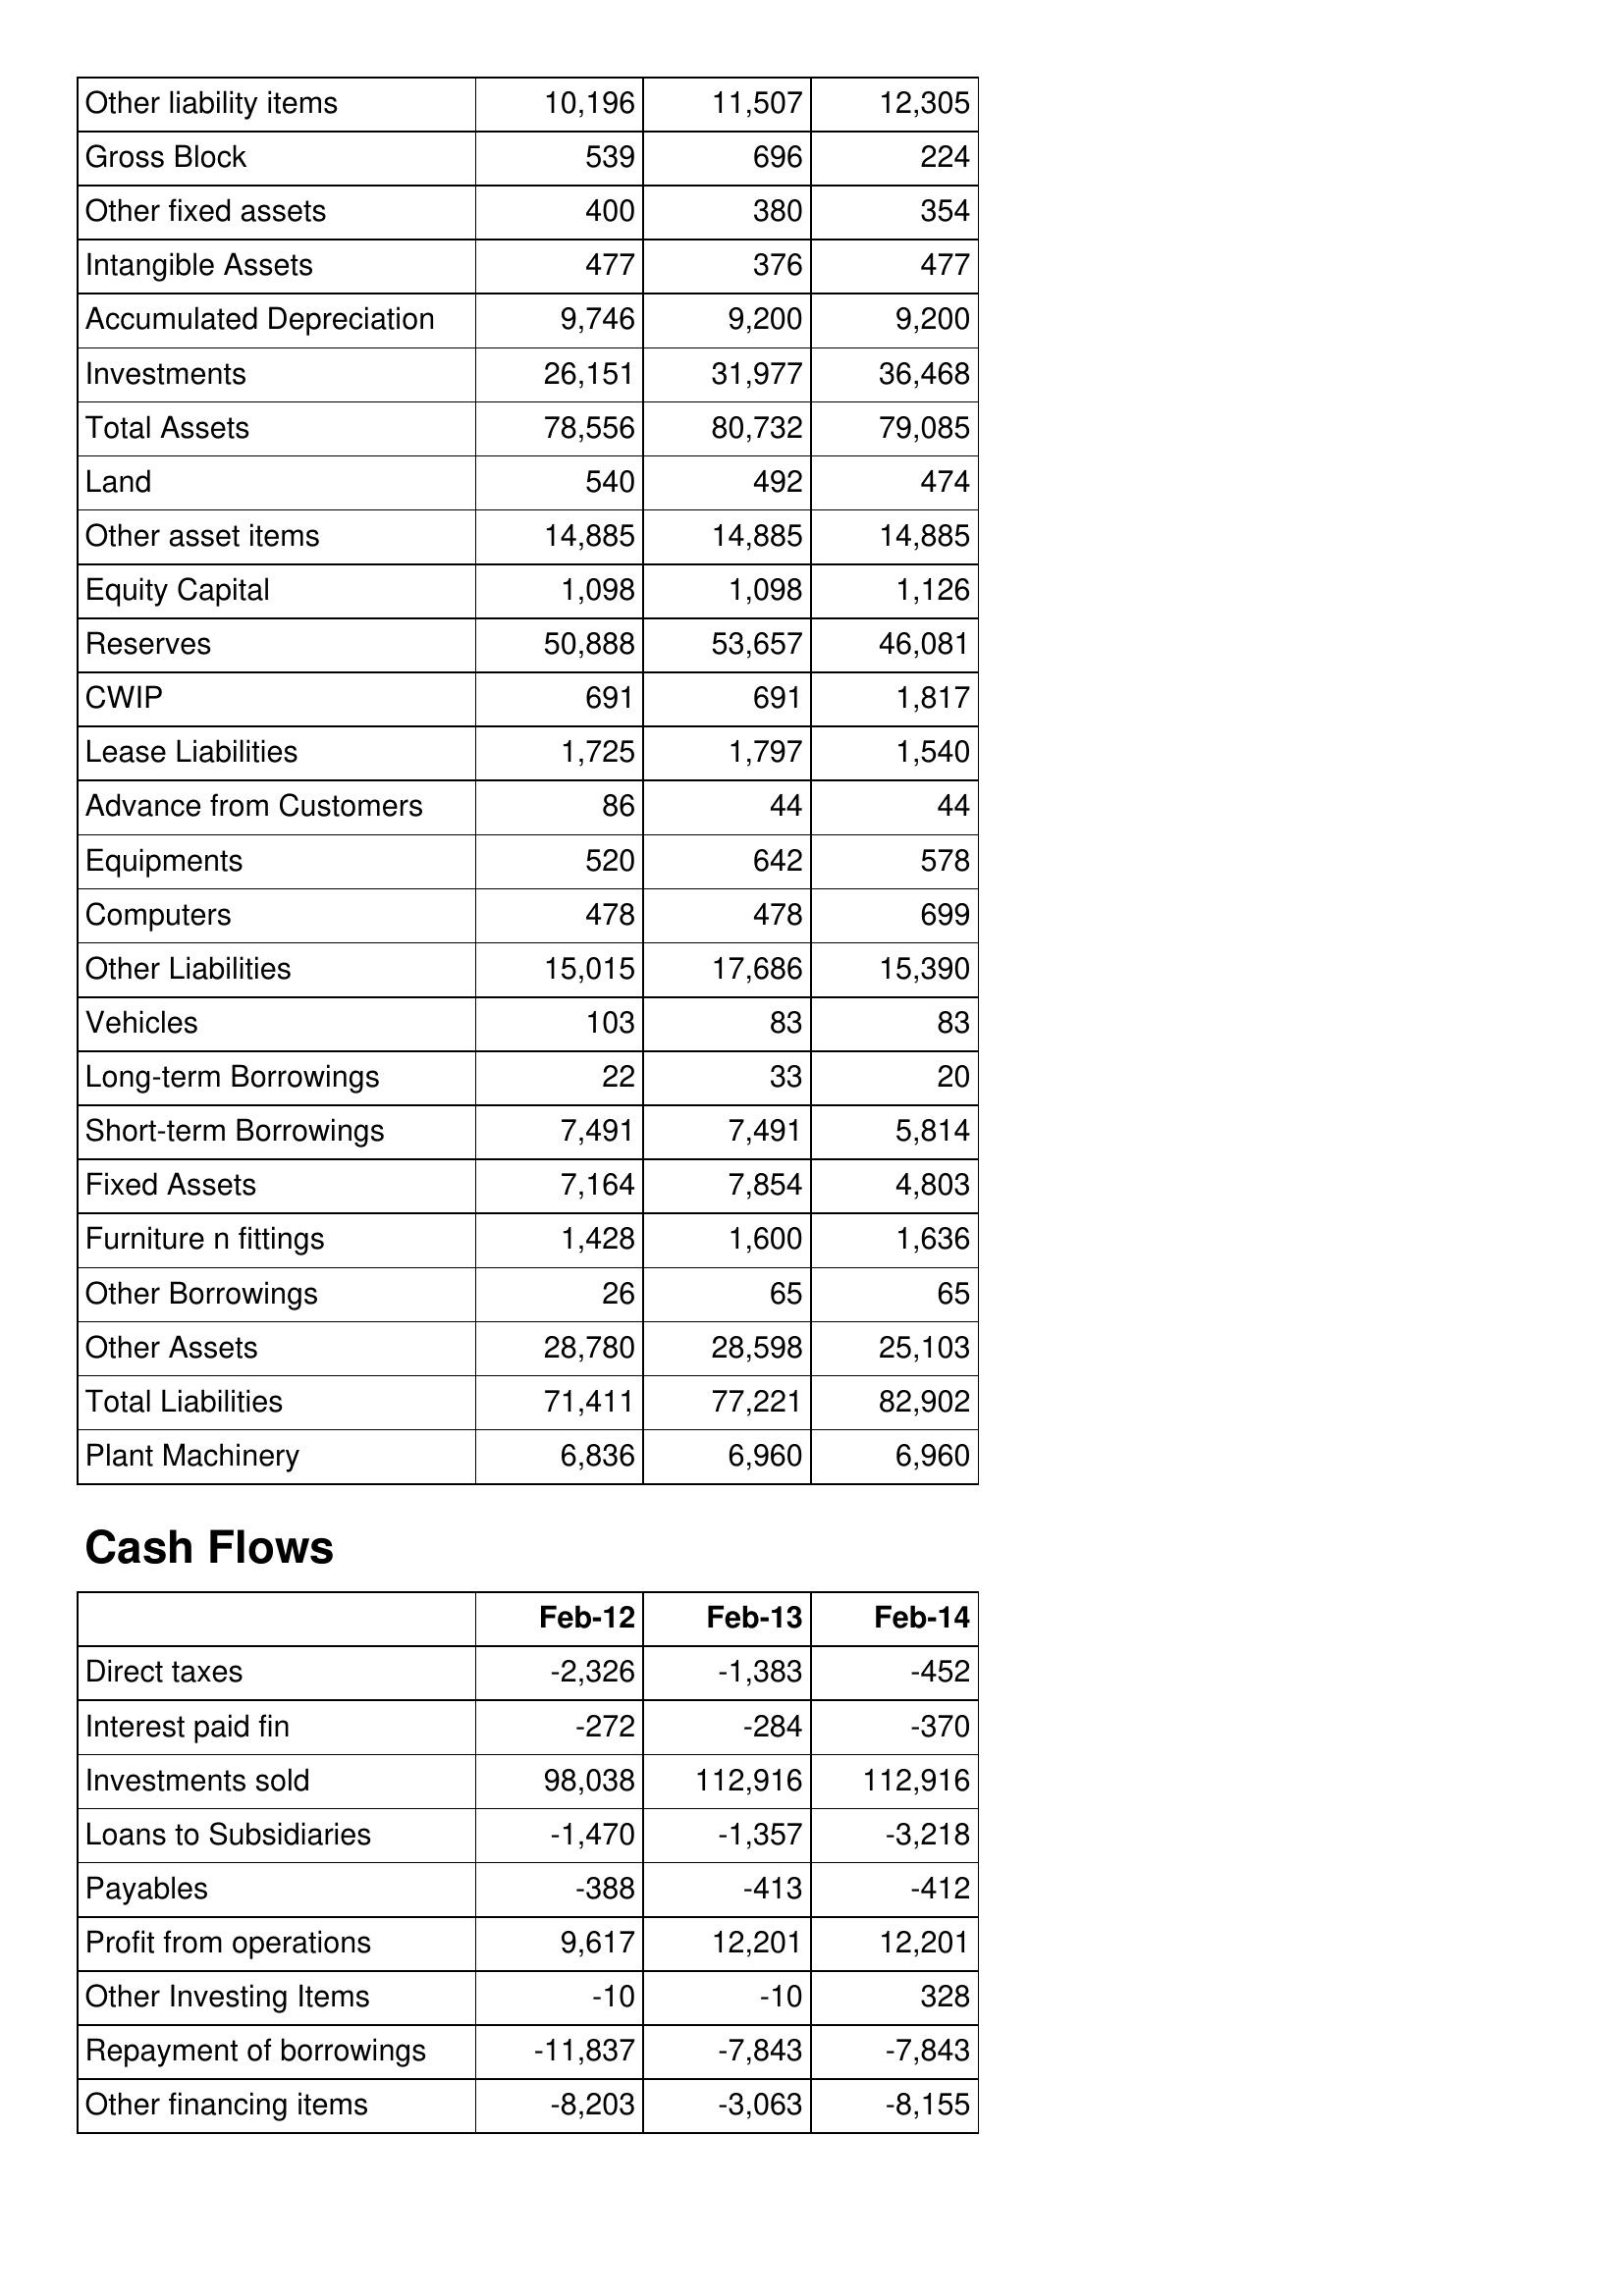
Feb-12: Balance Sheet: Other liability items: 10,196
Gross Block: 539
Other fixed assets: 400
Intangible Assets: 477
Accumulated Depreciation: 9,746
Investments: 26,151
Total Assets: 78,556
Land: 540
Other asset items: 14,885
Equity Capital: 1,098
Reserves: 50,888
CWIP: 691
Lease Liabilities: 1,725
Advance from Customers: 86
Equipments: 520
Computers: 478
Other Liabilities: 15,015
Vehicles: 103
Long-term Borrowings: 22
Short-term Borrowings: 7,491
Fixed Assets: 7,164
Furniture n fittings: 1,428
Other Borrowings: 26
Other Assets: 28,780
Total Liabilities: 71,411
Plant Machinery: 6,836
Cash Flows: Direct taxes: -2,326
Interest paid fin: -272
Investments sold: 98,038
Loans to Subsidiaries: -1,470
Payables: -388
Profit from operations: 9,617
Other Investing Items: -10
Repayment of borrowings: -11,837
Other financing items: -8,203
Feb-13: Balance Sheet: Other liability items: 11,507
Gross Block: 696
Other fixed assets: 380
Intangible Assets: 376
Accumulated Depreciation: 9,200
Investments: 31,977
Total Assets: 80,732
Land: 492
Other asset items: 14,885
Equity Capital: 1,098
Reserves: 53,657
CWIP: 691
Lease Liabilities: 1,797
Advance from Customers: 44
Equipments: 642
Computers: 478
Other Liabilities: 17,686
Vehicles: 83
Long-term Borrowings: 33
Short-term Borrowings: 7,491
Fixed Assets: 7,854
Furniture n fittings: 1,600
Other Borrowings: 65
Other Assets: 28,598
Total Liabilities: 77,221
Plant Machinery: 6,960
Cash Flows: Direct taxes: -1,383
Interest paid fin: -284
Investments sold: 112,916
Loans to Subsidiaries: -1,357
Payables: -413
Profit from operations: 12,201
Other Investing Items: -10
Repayment of borrowings: -7,843
Other financing items: -3,063
Feb-14: Balance Sheet: Other liability items: 12,305
Gross Block: 224
Other fixed assets: 354
Intangible Assets: 477
Accumulated Depreciation: 9,200
Investments: 36,468
Total Assets: 79,085
Land: 474
Other asset items: 14,885
Equity Capital: 1,126
Reserves: 46,081
CWIP: 1,817
Lease Liabilities: 1,540
Advance from Customers: 44
Equipments: 578
Computers: 699
Other Liabilities: 15,390
Vehicles: 83
Long-term Borrowings: 20
Short-term Borrowings: 5,814
Fixed Assets: 4,803
Furniture n fittings: 1,636
Other Borrowings: 65
Other Assets: 25,103
Total Liabilities: 82,902
Plant Machinery: 6,960
Cash Flows: Direct taxes: -452
Interest paid fin: -370
Investments sold: 112,916
Loans to Subsidiaries: -3,218
Payables: -412
Profit from operations: 12,201
Other Investing Items: 328
Repayment of borrowings: -7,843
Other financing items: -8,155